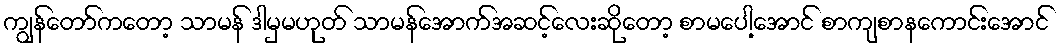
ကျွန်တော်ကတော့ သာမန် ဒါမှမဟုတ် သာမန်အောက်အဆင့်လေးဆိုတော့ စာမပေါ့အောင် စာကျစာနကောင်းအောင်